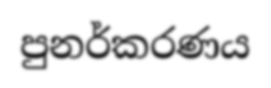
පුනර්කරණය